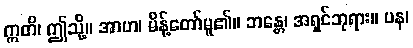
ဣတိ၊ ဤသို့။ အာဟ၊ မိန့်တော်မူ၏။ ဘန္တေ၊ အရှင်ဘုရား။ ပန၊